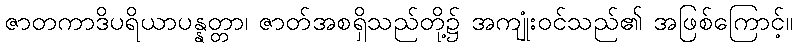
ဇာတကာဒိပရိယာပန္နတ္တာ၊ ဇာတ်အစရှိသည်တို့၌ အကျုံးဝင်သည်၏ အဖြစ်ကြောင့်။